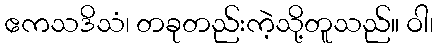
ဧကသဒိသံ၊ တခုတည်းကဲ့သို့တူသည်။ ဝါ၊